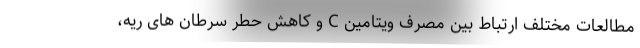
مطالعات مختلف ارتباط بین مصرف ویتامین C و کاهش حطر سرطان های ریه،